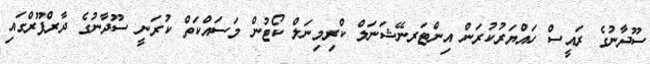
ސޫދާނުގެ ރައީސް ހައްޔަރުކުރަން އިންޓަރނޭޝަނަލް ކްރިމިނަލް ކޯޓުން މަސައްކަތް ކުރަނީ ސޫދާނުގެ ދާރްފޫރްގައި